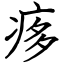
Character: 痑